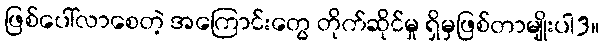
ဖြစ်ပေါ်လာစေတဲ့ အကြောင်းတွေ တိုက်ဆိုင်မှု ရှိမှဖြစ်တာမျိုးပါ3။